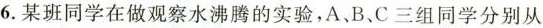
6.某班同学在做观察水沸腾的实验，A、B、C三组同学分别从